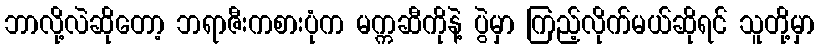
ဘာလို့လဲဆိုတော့ ဘရာဇီးကစားပုံက မက္ကဆီကိုနဲ့ ပွဲမှာ ကြည့်လိုက်မယ်ဆိုရင် သူတို့မှာ